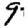
Digit: 9